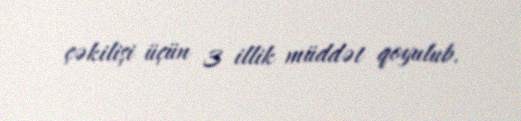
çəkilişi üçün 3 illik müddət qoyulub.